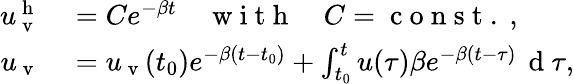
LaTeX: \begin{array}{rl}{u_{\mathrm{~v~}}^{\mathrm{~h~}}}&{{}=Ce^{-\beta t}\quad\mathrm{~w~i~t~h~}\quad C=\mathrm{~c~o~n~s~t~.~},}\\ {u_{\mathrm{~v~}}}&{{}=u_{\mathrm{~v~}}(t_{0})e^{-\beta(t-t_{0})}+\int_{t_{0}}^{t}u(\tau)\beta e^{-\beta(t-\tau)}\, \mathrm{~d~}\tau,}\end{array}